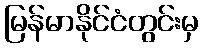
မြန်မာနိုင်ငံတွင်းမှ